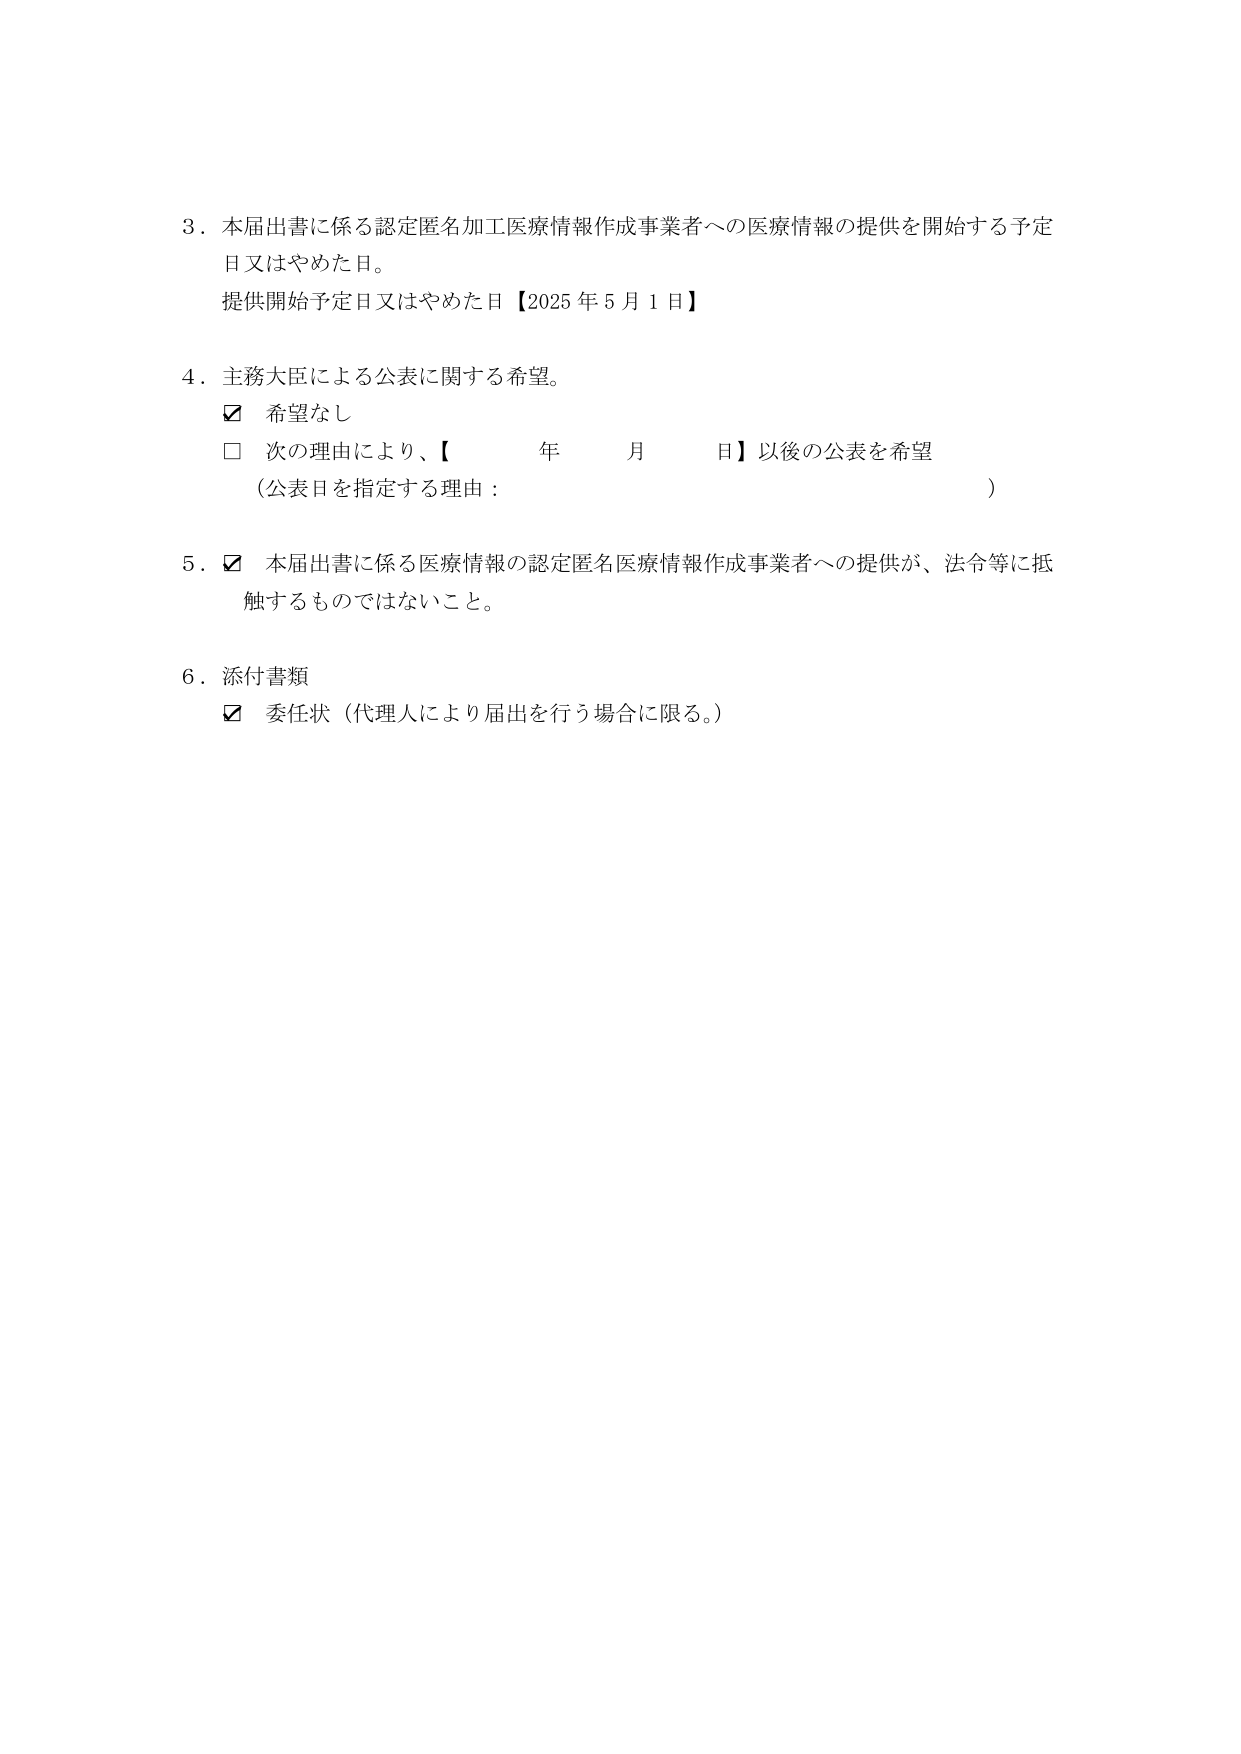
3．本届出書に係る認定匿名加工医療情報作成事業者への医療情報の提供を開始する予定日又はやめた日。
提供開始予定日又はやめた日【2025年5月1日】

4．主務大臣による公表に関する希望。
☑ 希望なし
□ 次の理由により、【　　　年　　　月　　　日】以後の公表を希望
（公表日を指定する理由：　　　　　　　　　　　　　　　　　　　　）

5．☑ 本届出書に係る医療情報の認定匿名医療情報作成事業者への提供が、法令等に抵触するものではないこと。

6．添付書類
☑ 委任状（代理人により届出を行う場合に限る。）